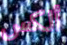
ألكس